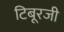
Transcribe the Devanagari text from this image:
टिबूरजी